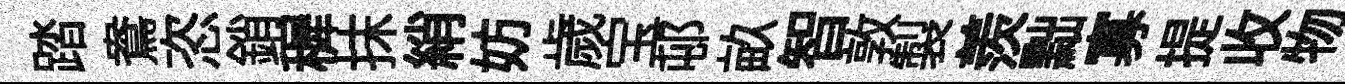
踏鴦恣銷穉抹綃妨歲宝邨畝智敦製羨黜寡提收物